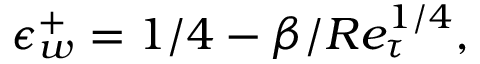
\epsilon _ { w } ^ { + } = 1 / 4 - \beta / R e _ { \tau } ^ { 1 / 4 } ,